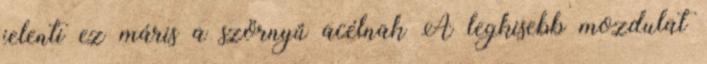
jelenti ez máris a szörnyű acélnak A legkisebb mozdulat